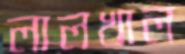
লালখাল